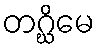
တဂ္ဃိမေ